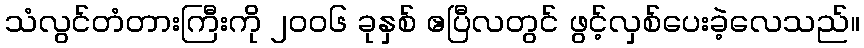
သံလွင်တံတားကြီးကို ၂၀၀၆ ခုနှစ် ဧပြီလတွင် ဖွင့်လှစ်ပေးခဲ့လေသည်။